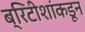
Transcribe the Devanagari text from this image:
ब्रिटीशांकडून